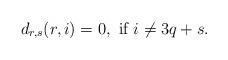
LaTeX: \begin{align*}d_{r,s}(r,i)=0, \mbox{ if }i\ne 3q+s.\end{align*}